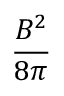
\frac { { B ^ { 2 } } } { 8 { \pi } }